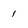
Character: 1